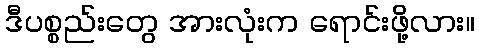
ဒီပစ္စည်းတွေ အားလုံးက ရောင်းဖို့လား။